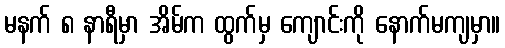
မနက် ၈ နာရီမှာ အိမ်က ထွက်မှ ကျောင်းကို နောက်မကျမှာ။